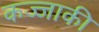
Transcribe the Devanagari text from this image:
कज्जाकी